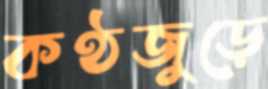
কণ্ঠজুড়ে